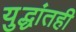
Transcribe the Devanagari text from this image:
युद्धांतही